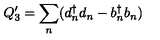
Q _ { 3 } ^ { \prime } = { \sum _ { n } } ( d _ { n } ^ { \dagger } d _ { n } - b _ { n } ^ { \dagger } b _ { n } )